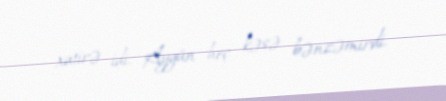
xatirə idi. Aygün heç kəsə bənzəmirdi.